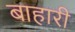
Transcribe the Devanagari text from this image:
बाहारी